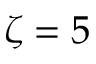
\zeta = 5